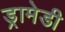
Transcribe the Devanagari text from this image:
ड्रामेडी